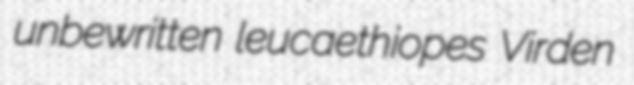
unbewritten leucaethiopes Virden